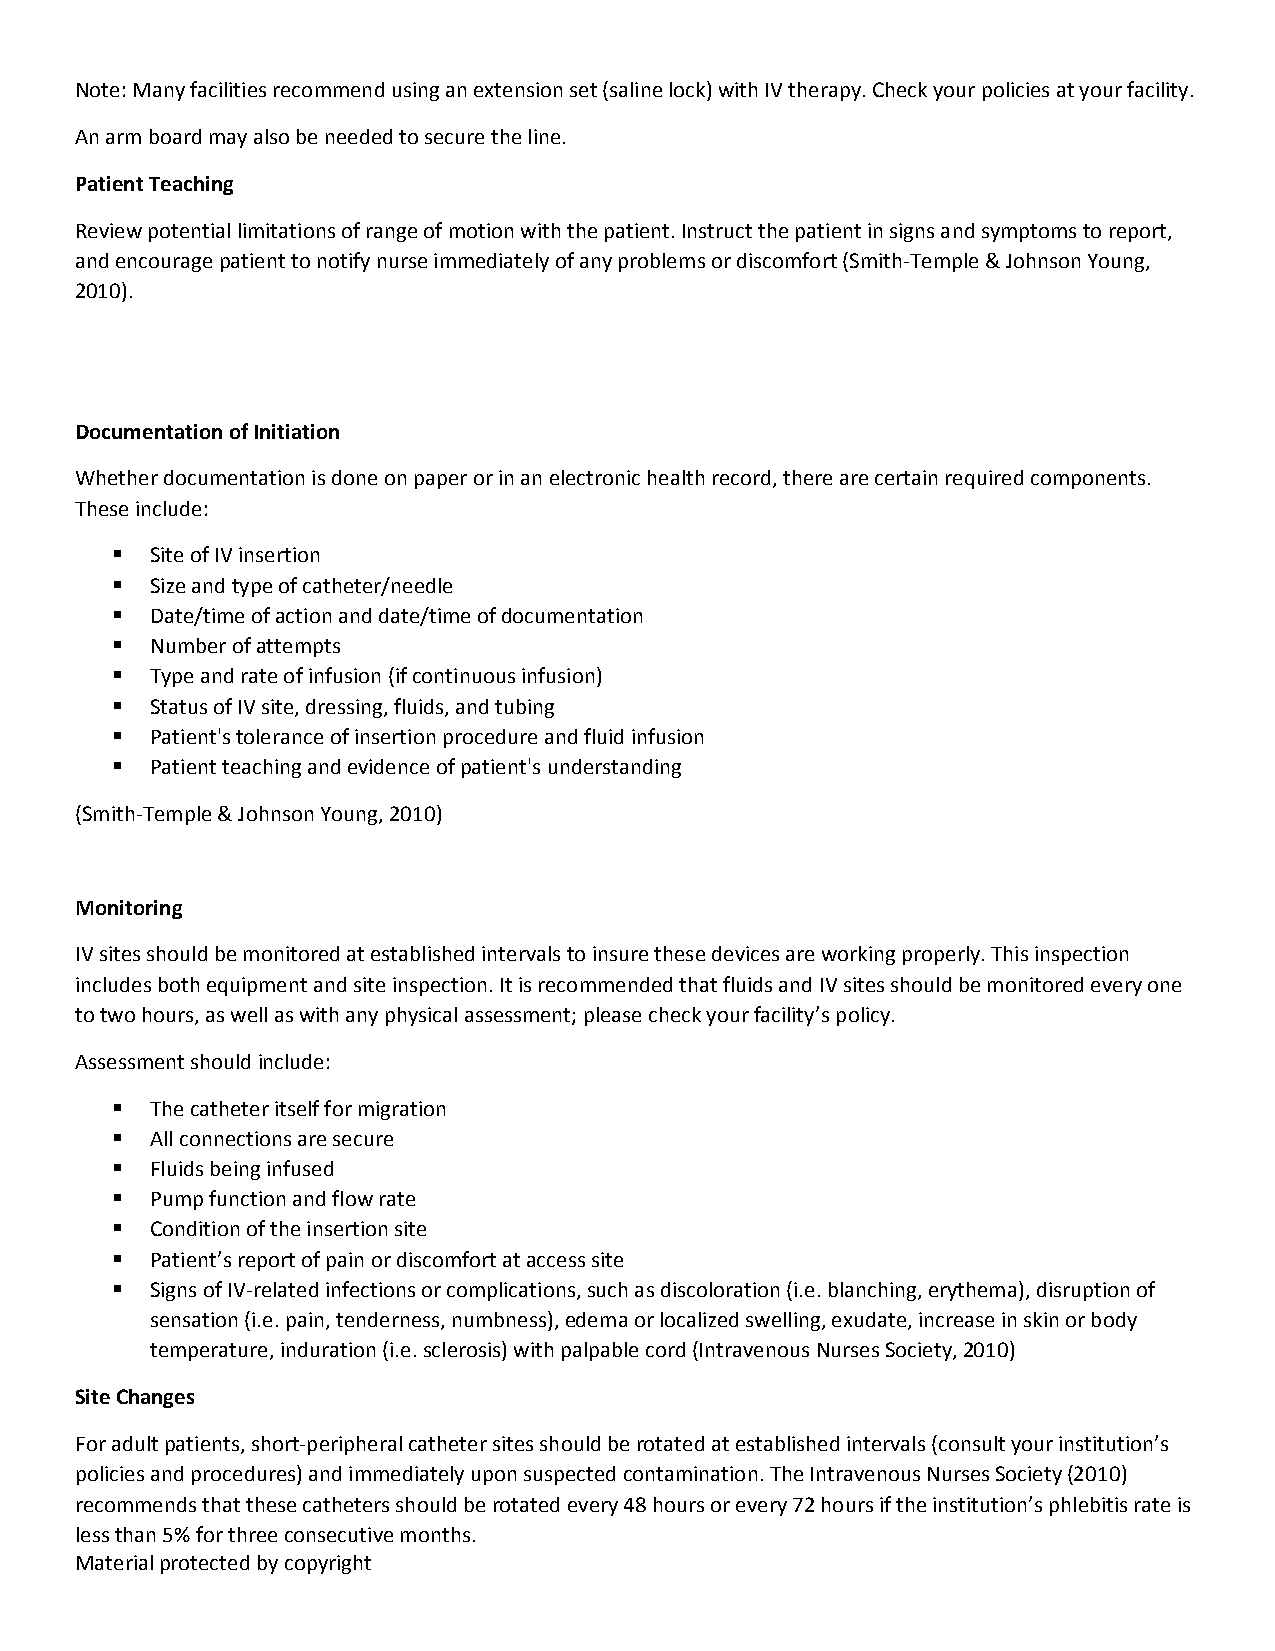
Note: Many facilities recommend using an extension set (saline lock) with IV therapy. Check your policies at your facility.
 An arm board may also be needed to secure the line.
 Patient Teaching
 Review potential limitations of range of motion with the patient. Instruct the patient in signs and symptoms to report,
 and encourage patient to notify nurse immediately of any problems or discomfort (Smith‐Temple & Johnson Young,
 2010).
 Documentation of Initiation
 Whether documentation is done on paper or in an electronic health record, there are certain required components.
 These include:
   Site of IV insertion
   Size and type of catheter/needle
   Date/time of action and date/time of documentation
   Number of attempts
   Type and rate of infusion (if continuous infusion)
   Status of IV site, dressing, fluids, and tubing
   Patient's tolerance of insertion procedure and fluid infusion
   Patient teaching and evidence of patient's understanding
 (Smith‐Temple & Johnson Young, 2010)
 Monitoring
 IV sites should be monitored at established intervals to insure these devices are working properly. This inspection
 includes both equipment and site inspection. It is recommended that fluids and IV sites should be monitored every one
 to two hours, as well as with any physical assessment; please check your facility’s policy.
 Assessment should include:
   The catheter itself for migration
   All connections are secure
   Fluids being infused
   Pump function and flow rate
   Condition of the insertion site
   Patient’s report of pain or discomfort at access site
   Signs of IV‐related infections or complications, such as discoloration (i.e. blanching, erythema), disruption of
 sensation (i.e. pain, tenderness, numbness), edema or localized swelling, exudate, increase in skin or body
 temperature, induration (i.e. sclerosis) with palpable cord (Intravenous Nurses Society, 2010)
 Site Changes
 For adult patients, short‐peripheral catheter sites should be rotated at established intervals (consult your institution’s
 policies and procedures) and immediately upon suspected contamination. The Intravenous Nurses Society (2010)
 recommends that these catheters should be rotated every 48 hours or every 72 hours if the institution’s phlebitis rate is
 less than 5% for three consecutive months.
 Material protected by copyright